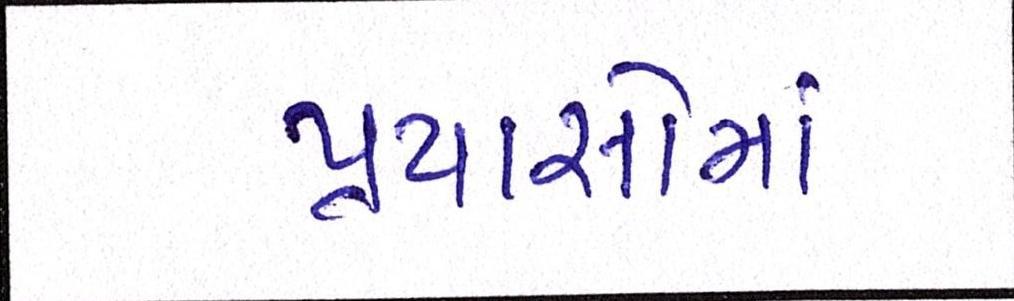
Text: પ્રયાસોમાં